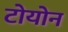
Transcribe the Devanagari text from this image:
टोयोन